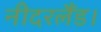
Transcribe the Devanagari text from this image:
नीदरलैंड।